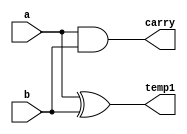
 module MEIASOMA(temp1,carry,a,b);
	input a, b;
	output carry,temp1;
		
  xor XOR1(temp1,a,b);
  and AND1(carry,a,b);
  
   endmodule
	
	
	module TESTEMEIASOMA;

	reg a,b,c;
	wire soma,carry,temp1,carry2,carryout;

	MEIASOMA MEIASOMA1 (temp1,carry,a,b);
	MEIASOMA MEIASOMA (soma,carry2,temp1,c);
	or OR1(carryout,carry2,carry);

	initial begin
		a = 0;b = 0;c=0;
	end

	initial begin

		#1 $display (" Larissa Fernandes Leijoto - 410476 ");
		#1 $display (" a | b | c | carryout  | soma ");
		$monitor (" %b | %b | %b |   %b      |  %b", a,b,c,carryout,soma);
		#1 a = 0;b = 0;c=1;
		#1 a = 0;b = 1;c=0;
		#1 a = 0;b = 1;c=1;
		#1 a = 1;b = 0;c=0;
		#1 a = 1;b = 0;c=1;
		#1 a = 1;b = 1;c=0;
		#1 a = 1;b = 1;c=1;


	end	
     endmodule